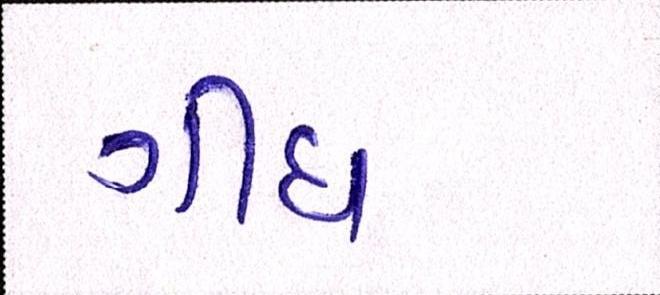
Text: ગીધ